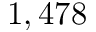
1 , 4 7 8